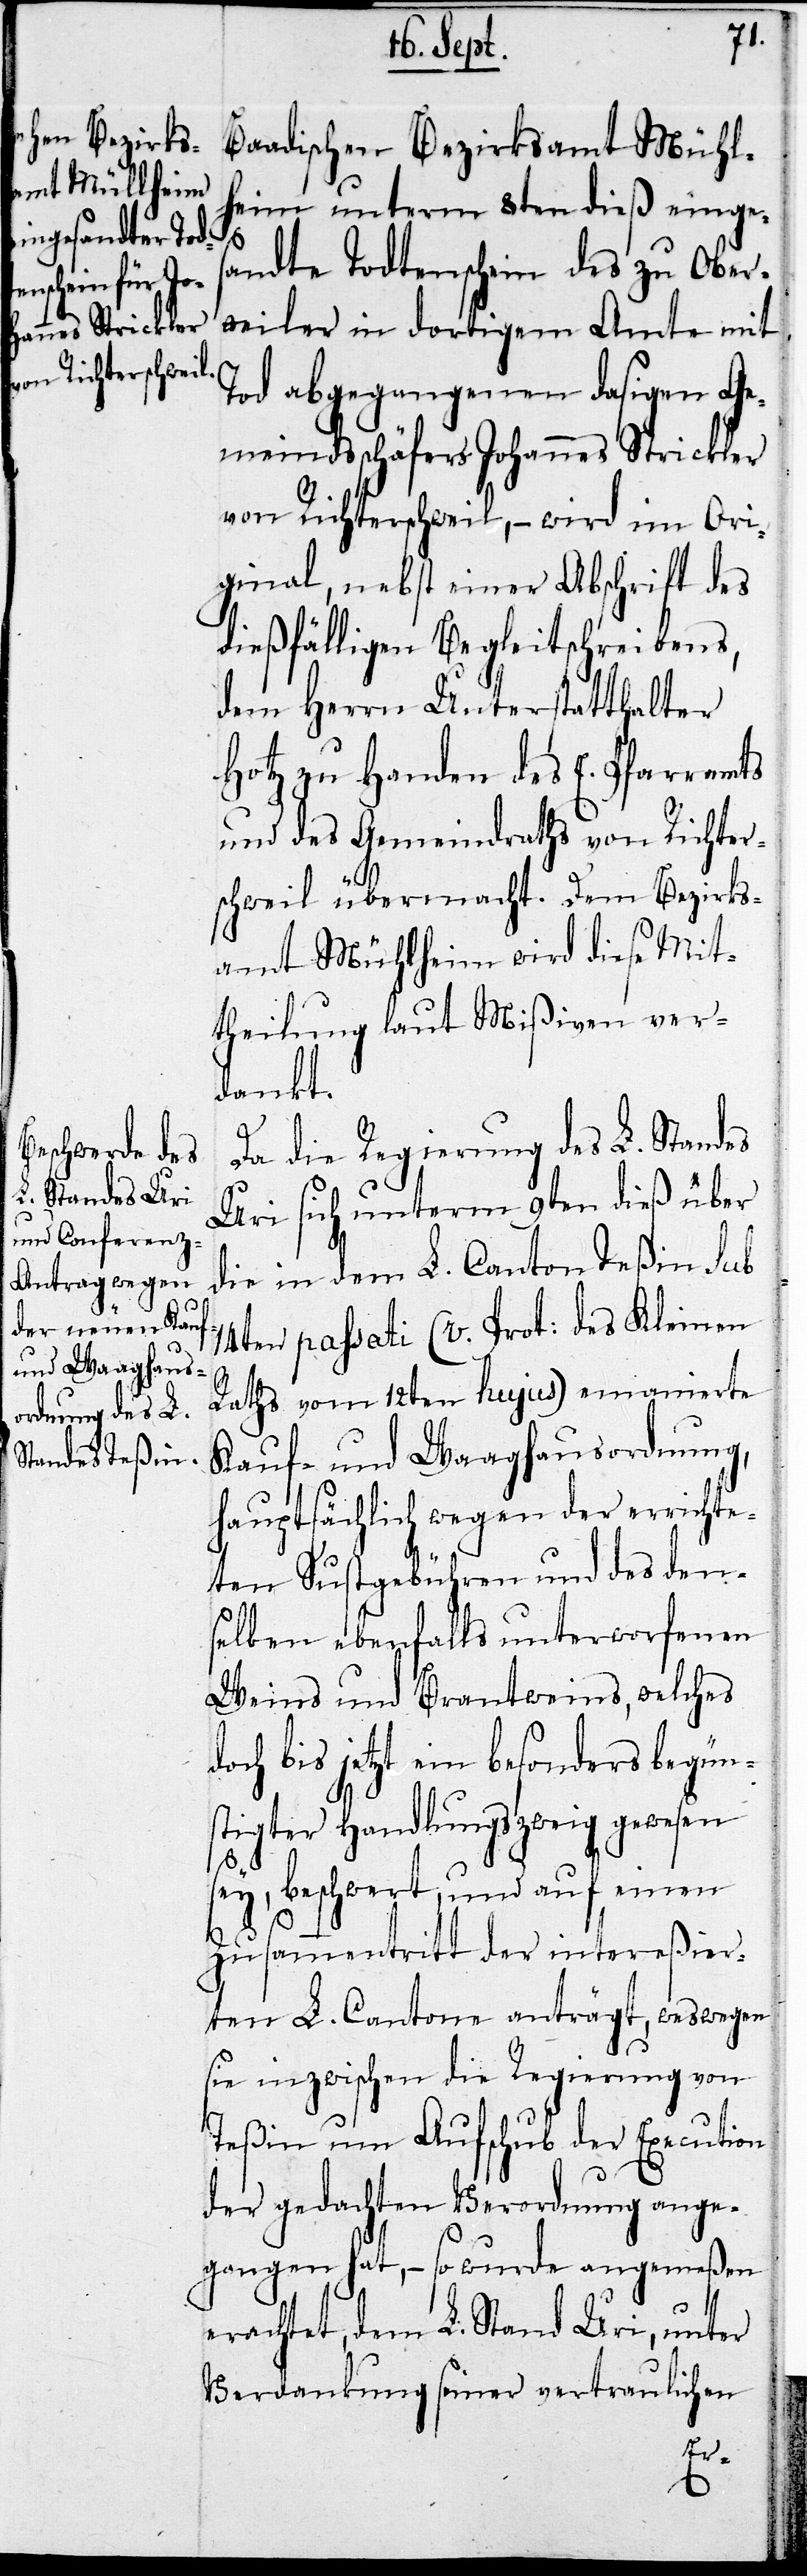
Baadischen Bezirksamt Mühl¬
heim unterm 8ten dieß einges¬
andte Todtenschein des zu Ober¬
weiler in dortigem Amte mit
Tod abgegangenen dasigen Ge¬
meindsschäfers Johannes Strickler
von Richterschweil, – wird im Ori¬
ginal nebst einer Abschrift des
dießfälligen Begleitschreibens,
dem Herrn Unterstatthalter
Hotz zu Handen des E. Pfarramts
und des Gemeindraths von Richter¬
schweil übermacht. Dem Bezirks¬
amt Mühlheim wird diese Mit¬
theilung laut Mißiven ver¬
dankt.
Da die Regierung des L. Standes
Uri sich unterm 9ten dieß über
die in dem L. Canton Teßin sub
14ten paßati (v. Prot. des Kleinen
Raths vom 12ten hujus) emanierte
Kauf- und Waaghausordnung,
hauptsächlich wegen der errichte¬
ten Sustgebühren und des den¬
selben ebenfalls unterworfenen
Weins und Brantweins, welches
doch bis jetzt ein besonders begüns¬
tigter Handlungszweig gewesen
sey, beschwert, und auf einen
Zusammentritt der intereßier¬
ten L. Cantone anträgt, weswegen
sie inzwischen die Regierung von
Teßin um Aufschub der Execution
der gedachten Verordnung ange¬
gangen hat, – so wurde angemeßen
erachtet, dem L. Stand Uri, unter
Verdankung seiner vertraulichen